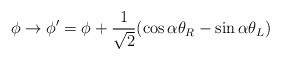
\begin{align*}\phi \rightarrow \phi' = \phi + \frac{1}{\sqrt{2}} ( \cos \alpha \theta_R - \sin \alpha \theta_L ) \end{align*}